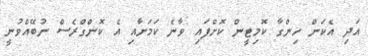
އަދި އެކަން ހިންގާ ކޮމިޓީން ކޮށްފައި ވާނެ ކަމަށާއި އެ ކޮންގްރެސް ނުބޭއްވުނީ